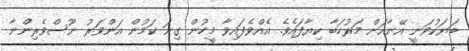
ބަޔަކުވަނީ އޭނާއަށް މަރުހަބާ ކިޔާފައެވެ. އެއްވެފައިވާ މީހުން ގިނަ ކަމުން އަންވަރު ނޫސްވެރިންނާ